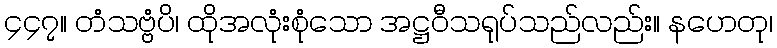
၄၄၇။ တံသဗ္ဗံပိ၊ ထိုအလုံးစုံသော အဋ္ဌဝီသရုပ်သည်လည်း။ နဟေတု၊